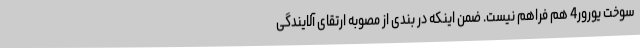
سوخت یورور4 هم فراهم نیست. ضمن اینکه در بندی از مصوبه ارتقای آلایندگی